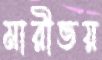
মারীভয়